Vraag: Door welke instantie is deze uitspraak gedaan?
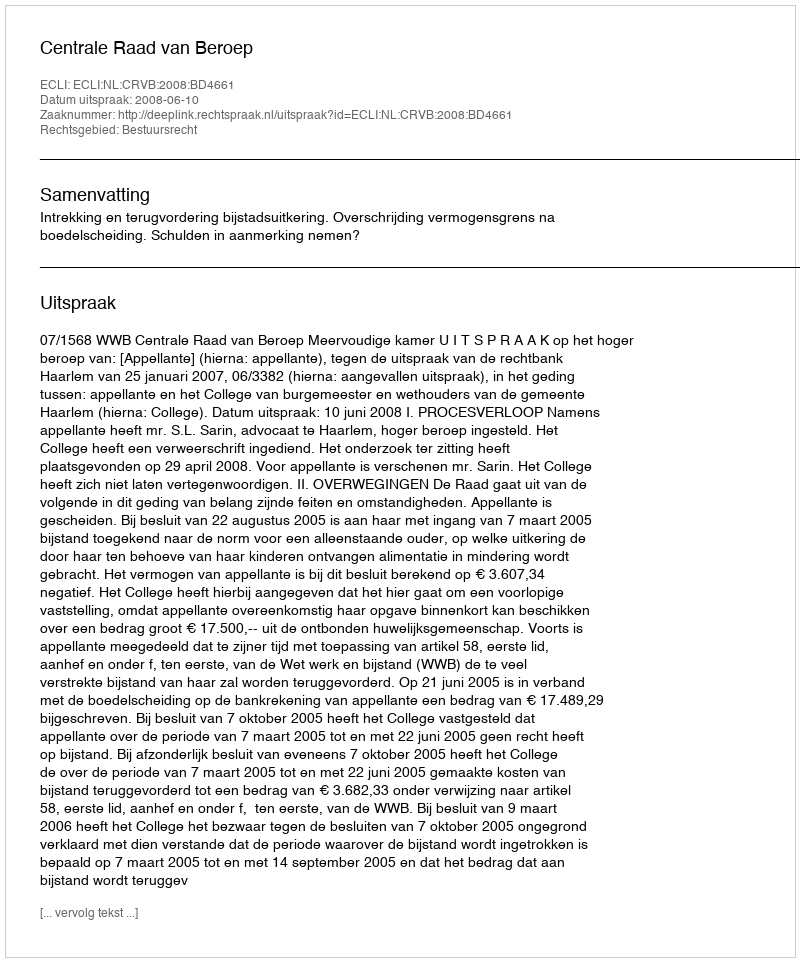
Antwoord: Centrale Raad van Beroep